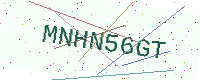
Text: MNHN56GT